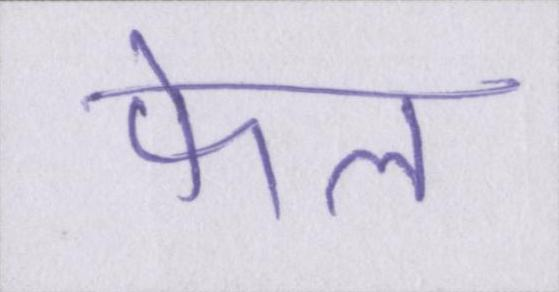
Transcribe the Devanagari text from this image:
फेल